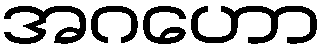
အဂဟော